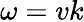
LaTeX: \omega=vk